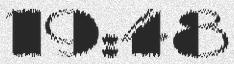
19:48